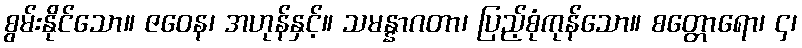
စွမ်းနိုင်သော။ ဇဝေန၊ အဟုန်နှင့်။ သမန္နာဂတာ၊ ပြည့်စုံကုန်သော။ စတ္တောရော၊ ၄၊